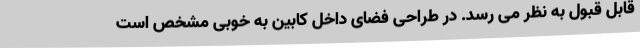
قابل قبول به نظر می رسد. در طراحی فضای داخل کابین به خوبی مشخص است